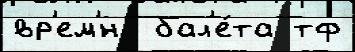
вр'ем'́н  бал'е́та тф